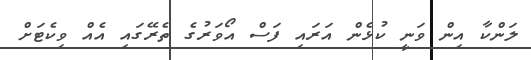
ލަންކާ އިން ވަނީ ކުޅެން އަރައި ފަސް އޯވަރުގެ ތެރޭގައި އެއް ވިކެޓަށް